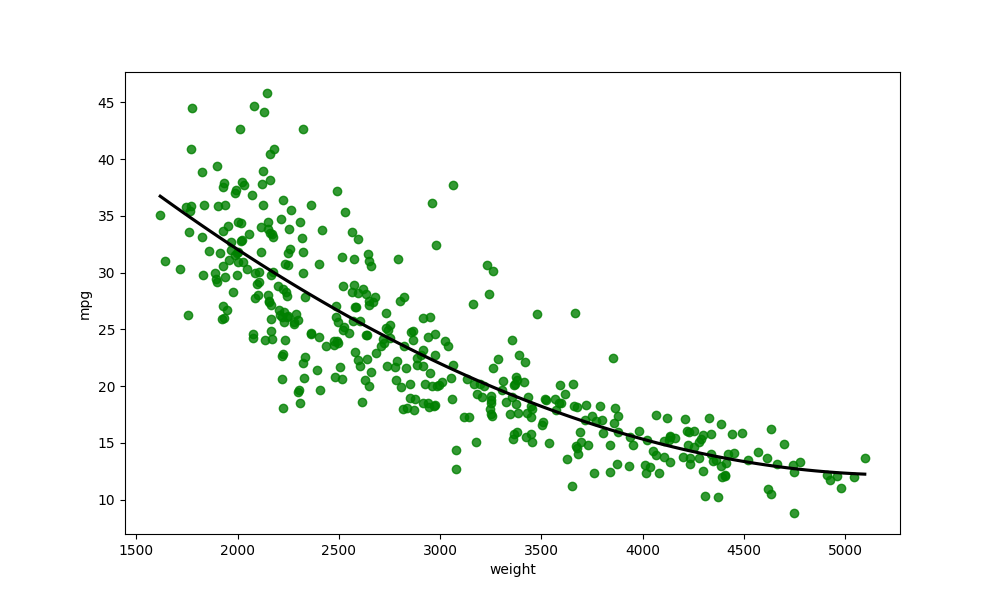
python, seaborn, regplot, order=3, ci=None, scatter_color=green, line_color=black